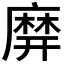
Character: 𪎙